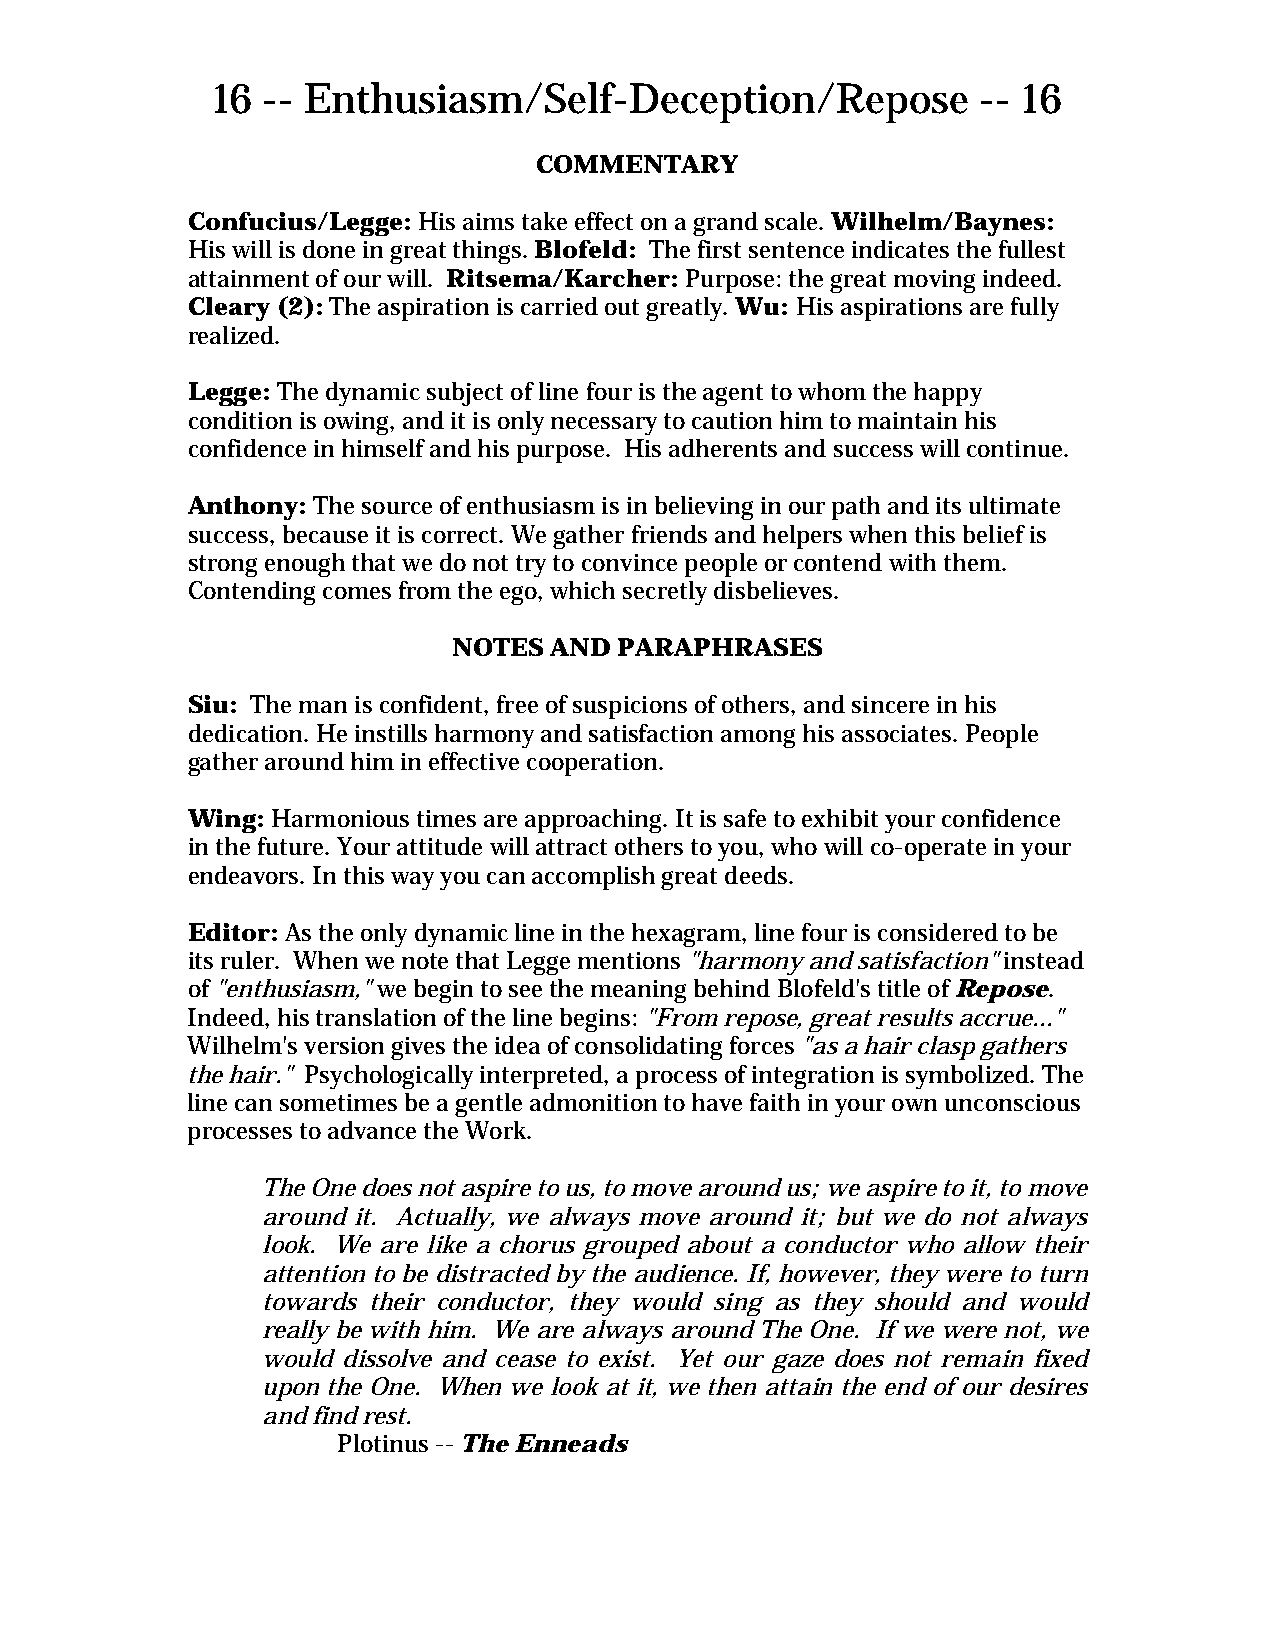
16 -- Enthusiasm/Self-Deception/Repose             -- 16
 COMMENTARY
 Confucius/Legge: His aims take effect on a grand scale. Wilhelm/Baynes:
 His will is done in great things. Blofeld: The first sentence indicates the fullest
 attainment of our will. Ritsema/Karcher: Purpose: the great moving indeed.
 Cleary (2): The aspiration is carried out greatly. Wu: His aspirations are fully
 realized.
 Legge: The dynamic subject of line four is the agent to whom the happy
 condition is owing, and it is only necessary to caution him to maintain his
 confidence in himself and his purpose. His adherents and success will continue.
 Anthony: The source of enthusiasm is in believing in our path and its ultimate
 success, because it is correct. We gather friends and helpers when this belief is
 strong enough that we do not try to convince people or contend with them.
 Contending comes from the ego, which secretly disbelieves.
 NOTES AND  PARAPHRASES
 Siu: The man is confident, free of suspicions of others, and sincere in his
 dedication. He instills harmony and satisfaction among his associates. People
 gather around him in effective cooperation.
 Wing: Harmonious times are approaching. It is safe to exhibit your confidence
 in the future. Your attitude will attract others to you, who will co-operate in your
 endeavors. In this way you can accomplish great deeds.
 Editor: As the only dynamic line in the hexagram, line four is considered to be
 its ruler. When we note that Legge mentions "harmony and satisfaction" instead
 of "enthusiasm," we begin to see the meaning behind Blofeld's title of Repose.
 Indeed, his translation of the line begins: "From repose, great results accrue..."
 Wilhelm's version gives the idea of consolidating forces "as a hair clasp gathers
 the hair." Psychologically interpreted, a process of integration is symbolized. The
 line can sometimes be a gentle admonition to have faith in your own unconscious
 processes to advance the Work.
 The One does not aspire to us, to move around us; we aspire to it, to move
 around it. Actually, we always move around it; but we do not always
 look. We are like a chorus grouped about a conductor who allow their
 attention to be distracted by the audience. If, however, they were to turn
 towards their conductor, they would sing as they should and would
 really be with him. We are always around The One. If we were not, we
 would dissolve and cease to exist. Yet our gaze does not remain fixed
 upon the One. When we look at it, we then attain the end of our desires
 and find rest.
 Plotinus -- The Enneads